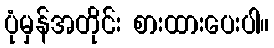
ပုံမှန်အတိုင်း စားထားပေးပါ။